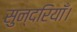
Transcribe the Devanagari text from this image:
सुन्दरियाँ।